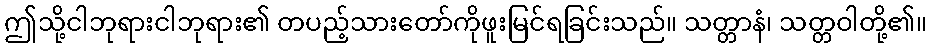
ဤသို့ငါဘုရားငါဘုရား၏ တပည့်သားတော်ကိုဖူးမြင်ရခြင်းသည်။ သတ္တာနံ၊ သတ္တဝါတို့၏။